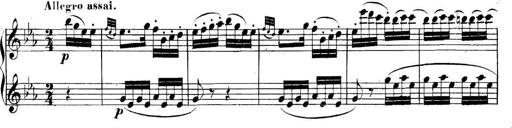
Title: Collected Piano Sonatas
Composer: Muzio Clementi